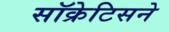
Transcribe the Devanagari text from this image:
सॉक्रेटिसने